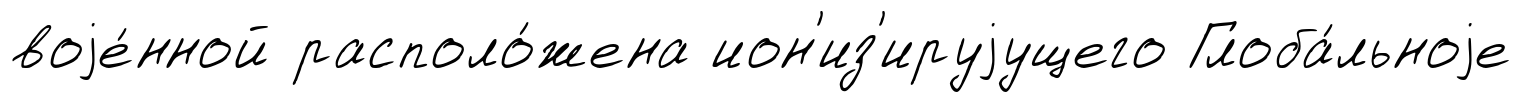
воjе́нной располо́жена ион'из'ируjущего Глоба́льноjе